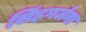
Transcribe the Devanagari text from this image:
सिंहगर्जना